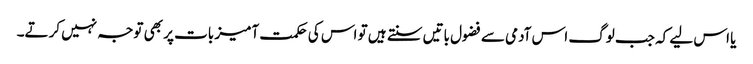
یا اس لیے کہ جب لوگ اس آدمی سے فضول باتیں سنتے ہیں تو اس کی حکمت آمیز بات پر بھی توجہ نہیں کرتے۔